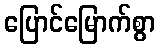
ပြောင်မြောက်စွာ